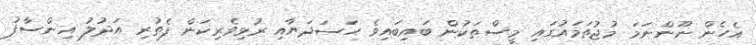
އެހެން ނޫންނަމަ މުޖުތަމައުގައި މީސްތަކުން ބައިބައިވެ ހަސަދަޔާއި ރުޅިވެރިކަން ފެތުރި އަދުލު އިންސާފު